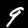
Digit: 9